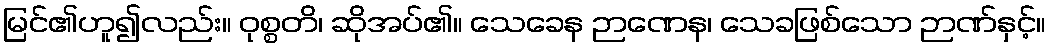
မြင်၏ဟူ၍လည်း။ ဝုစ္စတိ၊ ဆိုအပ်၏။ သေခေန ဉာဏေန၊ သေခဖြစ်သော ဉာဏ်နှင့်။